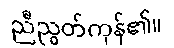
ညီညွတ်ကုန်၏။